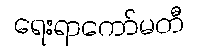
ရေးရာကော်မတီ